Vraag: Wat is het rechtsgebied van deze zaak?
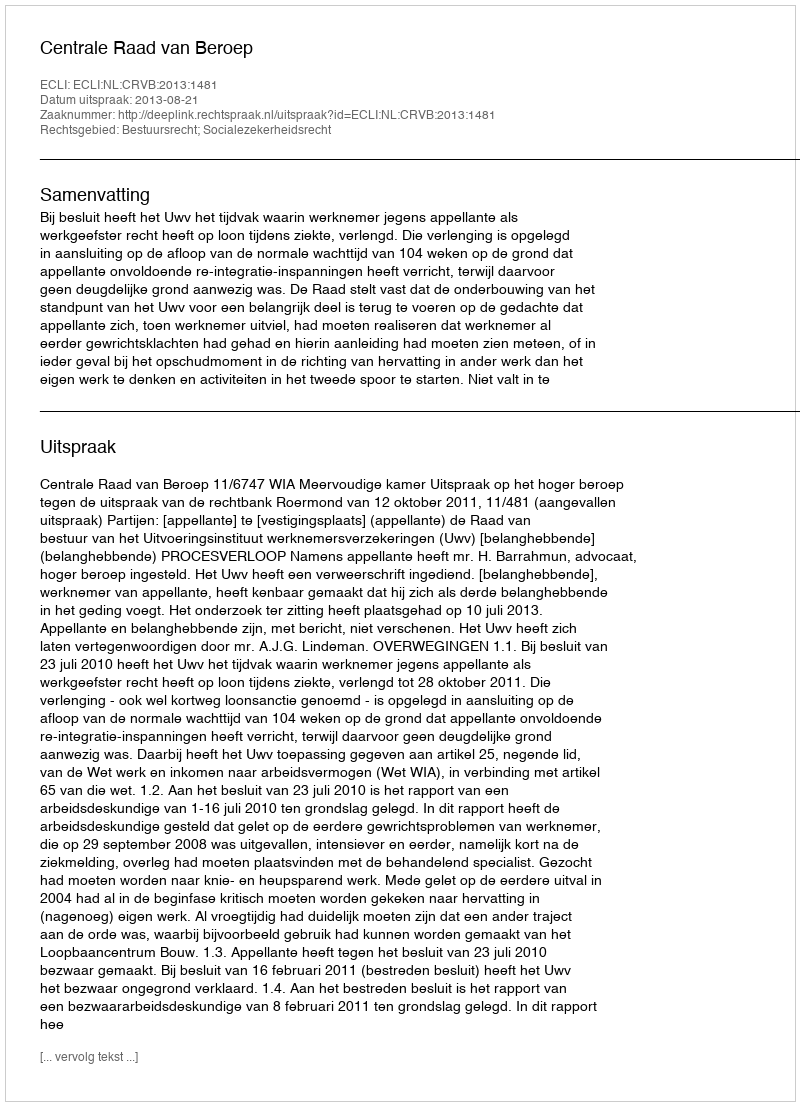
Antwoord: Bestuursrecht; Socialezekerheidsrecht